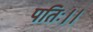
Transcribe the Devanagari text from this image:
पतिः।।